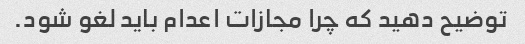
توضیح دهید که چرا مجازات اعدام باید لغو شود.